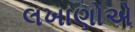
લખાણોએ